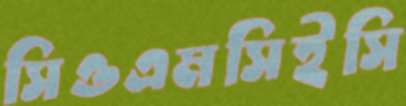
সিওএমসিইসি